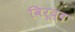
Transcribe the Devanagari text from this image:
विरूद्द